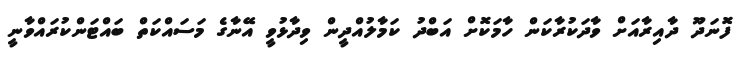
ފޮނަދޫ ދާއިރާއަށް ވާދަކުރާކަން ހާމަކޮށް އަބްދު ކަމާލުއްދީން ވިދާޅުވީ އޭނާގެ މަސައްކަތް ބައްޓަންކުރައްވާނީ